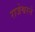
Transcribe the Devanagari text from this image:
राजेश्वरने